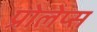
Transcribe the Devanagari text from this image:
प्रोलेप्स